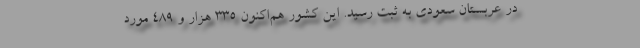
در عربستان سعودی به ثبت رسید. این کشور هم‌اکنون ۳۳۵ هزار و ۴۸۹ مورد